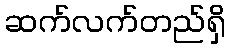
ဆက်လက်တည်ရှိ